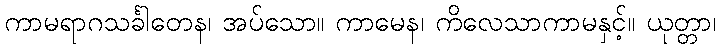
ကာမရာဂသင်္ခါတေန၊ အပ်သော။ ကာမေန၊ ကိလေသာကာမနှင့်။ ယုတ္တာ၊